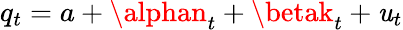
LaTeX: q_{t}=a+\alphan_{t}+\betak_{t}+\mathit{u}_{t}